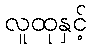
လူထုနှင့်